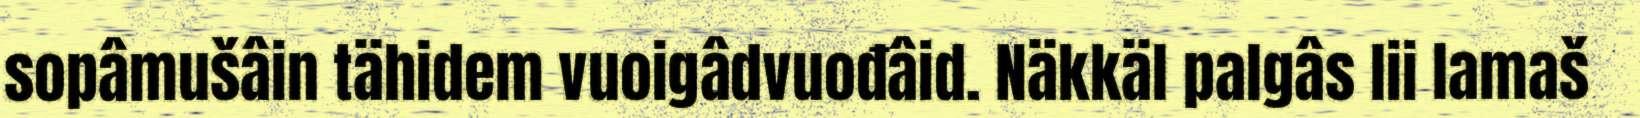
sopâmušâin tähidem vuoigâdvuođâid. Näkkäl palgâs lii lamaš